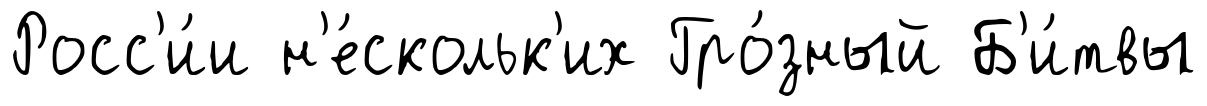
Росс'и́и н'е́скольк'их Гро́зный Б'и́твы